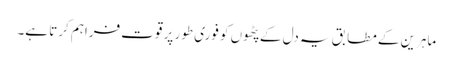
ماہرین کے مطابق یہ دل کے پٹھوں کو فوری طور پر قوت فراہم کرتا ہے۔